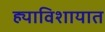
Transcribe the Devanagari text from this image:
ह्याविशायात